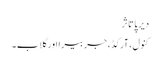
دیرپا تاثر
کنول، آرکِڈ، جربیرا اور گلاب۔